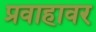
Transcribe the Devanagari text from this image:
प्रवाहावर